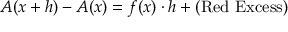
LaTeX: A ( x + h ) - A ( x ) = f ( x ) \cdot h + ( { \mathrm { R e d ~ E x c e s s } } )